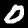
Digit: 0